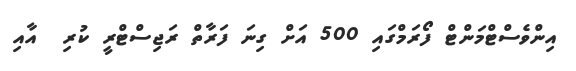
އިންވެސްޓްމަންޓް ފޯރަމްގައި 500 އަށް ގިނަ ފަރާތް ރަޖިސްޓްރީ ކުރި  އާއި